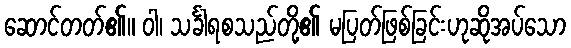
ဆောင်တတ်၏။ ဝါ၊ သင်္ခါရစသည်တို့၏ မပြတ်ဖြစ်ခြင်းဟုဆိုအပ်သော